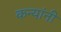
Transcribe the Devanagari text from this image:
कन्यांनी